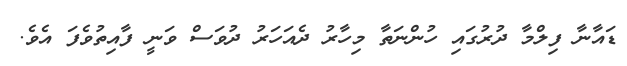
ޑައާނާ ފިލްމާ ދުރުގައި ހުންނަތާ މިހާރު ދެއަހަރު ދުވަސް ވަނީ ފާއިތުވެފަ އެވެ.